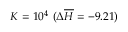
K = 1 0 ^ { 4 } ~ ( \Delta \overline { { H } } = - 9 . 2 1 )